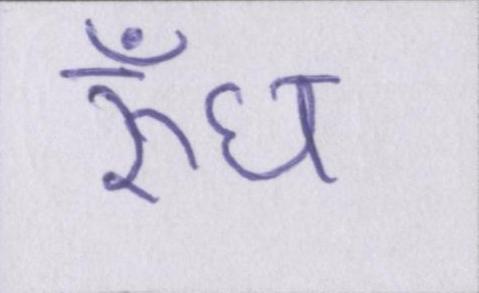
रुँध